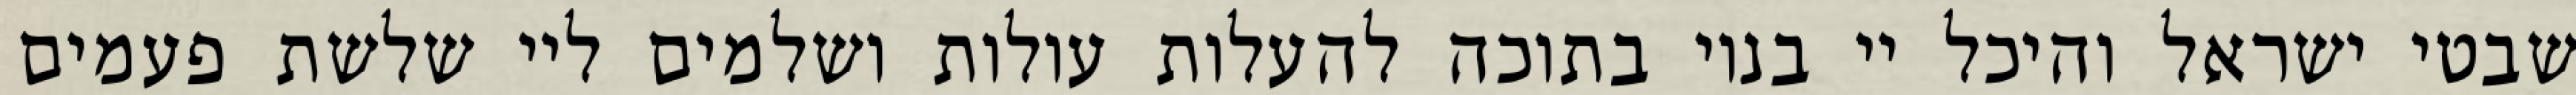
שבטי ישראל והיכל יי בנוי בתוכה להעלות עולות ושלמים ליי שלשת פעמים